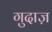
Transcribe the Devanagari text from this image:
गुदाज़